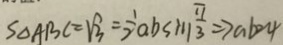
S _ { \Delta A B C } = \sqrt { 3 } = \frac { 1 } { 2 } a b \sin \frac { \pi } { 3 } \Rightarrow a b = 4